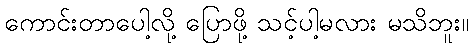
ကောင်းတာပေါ့လို့ ပြောဖို့ သင့်ပါ့မလား မသိဘူး။